Annual report on the Civil Veterinary Department, Burma (including the Insein Veterinary School) - 1932-1941
Year: 1932
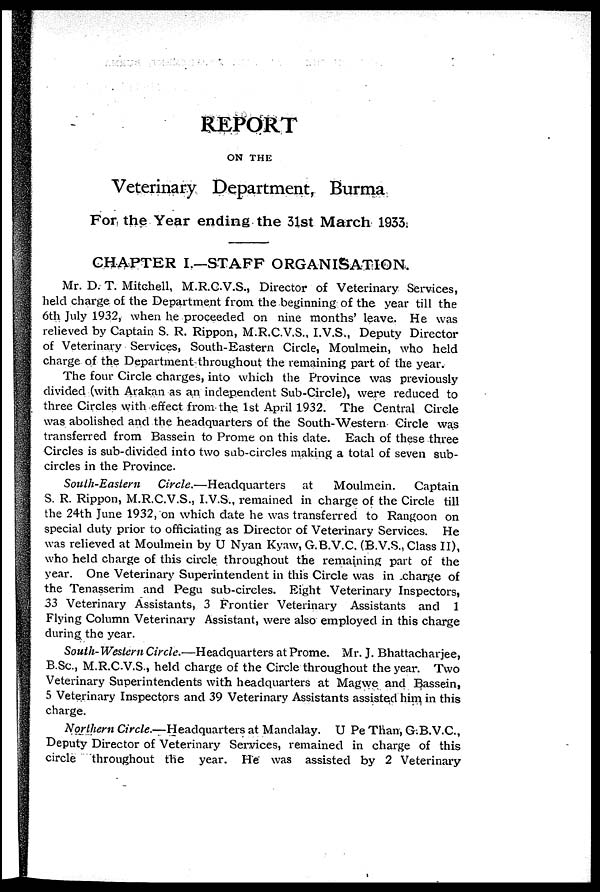
REPORT
ON THE
Veterinary Department, Burma
For the Year ending the 31st March 1933.
CHAPTER I.—STAFF ORGANISATION.
Mr. D. T. Mitchell, M.R.C.V.S., Director of Veterinary Services,
held charge of the Department from the beginning of the year till the
6th July 1932, when he proceeded on nine months' leave. He was
relieved by Captain S. R. Rippon, M.R.C.V.S., I.V.S., Deputy Director
of Veterinary Services, South-Eastern Circle, Moulmein, who held
charge of the Department throughout the remaining part of the year.
The four Circle charges, into which the Province was previously
divided (with Arakan as an independent Sub-Circle), were reduced to
three Circles with effect from the 1st April 1932. The Central Circle
was abolished and the headquarters of the South-Western Circle was
transferred from Bassein to Prome on this date. Each of these three
Circles is sub-divided into two sub-circles making a total of seven sub-
circles in the Province.
South-Eastern
Circle.—Headquarters
at
Moulmein.
Captain
S. R. Rippon, M.R.C.V.S., I.V.S., remained in charge of the Circle till
the 24th June 1932, on which date he was transferred to Rangoon on
special duty prior to officiating as Director of Veterinary Services. He
was relieved at Moulmein by U Nyan Kyaw, G.B.V.C. (B.V.S., Class II),
who held charge of this circle throughout the remaining part of the
year. One Veterinary Superintendent in this Circle was in charge of
the Tenasserim and Pegu sub-circles. Eight Veterinary Inspectors,
33 Veterinary Assistants, 3 Frontier Veterinary Assistants and 1
Flying Column Veterinary Assistant, were also employed in this charge
during the year.
South-Western Circle.—Headquarters at Prome. Mr. J. Bhattacharjee,
B.Sc., M.R.C.V.S., held charge of the Circle throughout the year. Two
Veterinary Superintendents with headquarters at Magwe and Bassein,
5 Veterinary Inspectors and 39 Veterinary Assistants assisted him in this
charge.
Northern Circle.—Headquarters at Mandalay. U Pe Than, G.B.V.C,
Deputy Director of Veterinary Services, remained in charge of this
circle throughout the year. He was assisted by 2 Veterinary